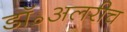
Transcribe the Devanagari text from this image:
डॉ॰अलरीच